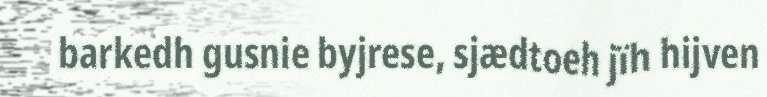
barkedh gusnie byjrese, sjædtoeh jïh hijven